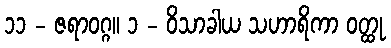
၁၁ - ဇရာဝဂ္ဂ။ ၁ - ဝိသာခါယ သဟာရိကာ ဝတ္ထု